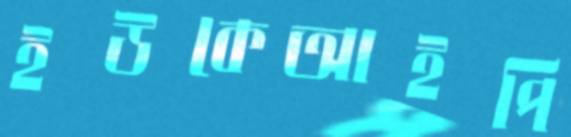
ইউকেআইপি